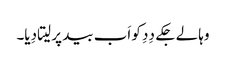
وہا لے جکے دِدِ کو اَب بید پر لیتا دِیا۔